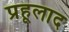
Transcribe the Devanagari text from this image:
प्रहूलाद